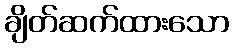
ချိတ်ဆက်ထားသော